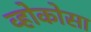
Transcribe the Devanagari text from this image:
व्होकोसा